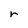
Character: r